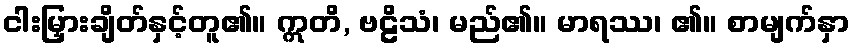
ငါးမြှားချိတ်နှင့်တူ၏။ ဣတိ, ဗဠိသံ၊ မည်၏။ မာရဿ၊ ၏။ စာမျက်နှာ